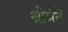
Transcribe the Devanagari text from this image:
श्रीमंतें